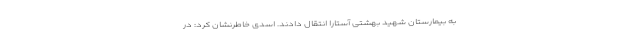
به بیمارستان شهید بهشتی آستارا انتقال دادند. اسدی خاطرنشان کرد: در